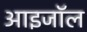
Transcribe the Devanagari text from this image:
आइजॉल